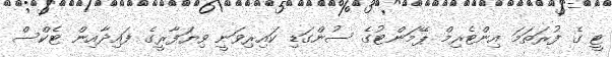
ޓީ ގެ ފުރަތަމަ އިންޓެރިމް ޕޭމަންޓުގެ ސުންގަޑި ކައިރިވަނީ ވިޔަފާރީގެ ފައިދާއިން ޓެކްސް